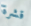
قشرة